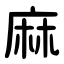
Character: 麻